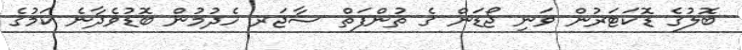
ބޮލުގެ ޑޮކަޓަރުން ވަނި ޖޯޑަން ގެ ތުންފަތް ސާޖަރ ހެދުމުން ބޮޑުވެދާނެ ކަމުގެ